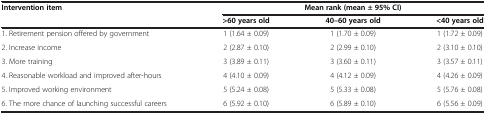
<table><thead><tr><td rowspan="2"><b>Intervention item</b></td><td colspan="3"><b>Mean rank (mean ± 95% CI)</b></td></tr><tr><td><b>&gt;60 years old</b></td><td><b>40–60 years old</b></td><td><b>&lt;40 years old</b></td></tr></thead><tbody><tr><td>1. Retirement pension offered by government</td><td>1 (1.64 ± 0.09)</td><td>1 (1.70 ± 0.09)</td><td>1 (1.72 ± 0.09)</td></tr><tr><td>2. Increase income</td><td>2 (2.87 ± 0.10)</td><td>2 (2.99 ± 0.10)</td><td>2 (3.10 ± 0.10)</td></tr><tr><td>3. More training</td><td>3 (3.89 ± 0.11)</td><td>3 (3.60 ± 0.11)</td><td>3 (3.57 ± 0.11)</td></tr><tr><td>4. Reasonable workload and improved after-hours</td><td>4 (4.10 ± 0.09)</td><td>4 (4.12 ± 0.09)</td><td>4 (4.26 ± 0.09)</td></tr><tr><td>5. Improved working environment</td><td>5 (5.24 ± 0.08)</td><td>5 (5.33 ± 0.08)</td><td>5 (5.76 ± 0.08)</td></tr><tr><td>6. The more chance of launching successful careers</td><td>6 (5.92 ± 0.10)</td><td>6 (5.89 ± 0.10)</td><td>6 (5.56 ± 0.09)</td></tr></tbody></table>